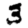
Digit: 3